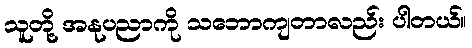
သူတို့ အနုပညာကို သဘောကျတာလည်း ပါတယ်။